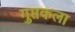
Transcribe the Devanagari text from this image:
गुप्तकला